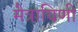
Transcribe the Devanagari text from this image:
मैत्रायिणी